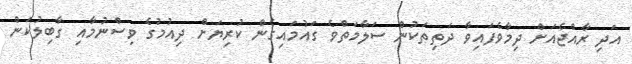
އަދި ރާއްޖެއަށް ދިމާވެފައިވާ ދަތިތަކުން ސަލާމަތްވެ ގައުމައިގެން ކުރިޔަށް ދިއުމުގެ ވިސްނުމާއި ގާބިލުކަން